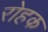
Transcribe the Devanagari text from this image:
रोहक